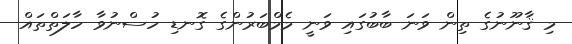
މި ޤާނޫނުގެ ތިން ވަނަ ބާބުގައި ވަނީ މެމްބަރުންގެ ގޮނޑި ހުސްނުވާ ހާލަތްތައް